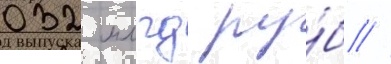
032 млрд ру́б //